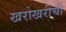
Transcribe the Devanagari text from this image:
खरोखरीची